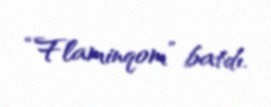
“Flaminqom” batdı.